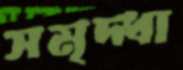
সমৃদ্ধা